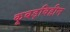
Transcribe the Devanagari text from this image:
कूबड़विहीन